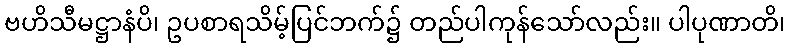
ဗဟိသီမဋ္ဌာနံပိ၊ ဥပစာရသိမ့်ပြင်ဘက်၌ တည်ပါကုန်သော်လည်း။ ပါပုဏာတိ၊